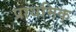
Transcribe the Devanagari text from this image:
प्राथमिक्